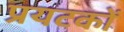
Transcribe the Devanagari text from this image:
प्रयटकों